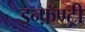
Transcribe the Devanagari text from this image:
इन्फ़ॅण्ट्री